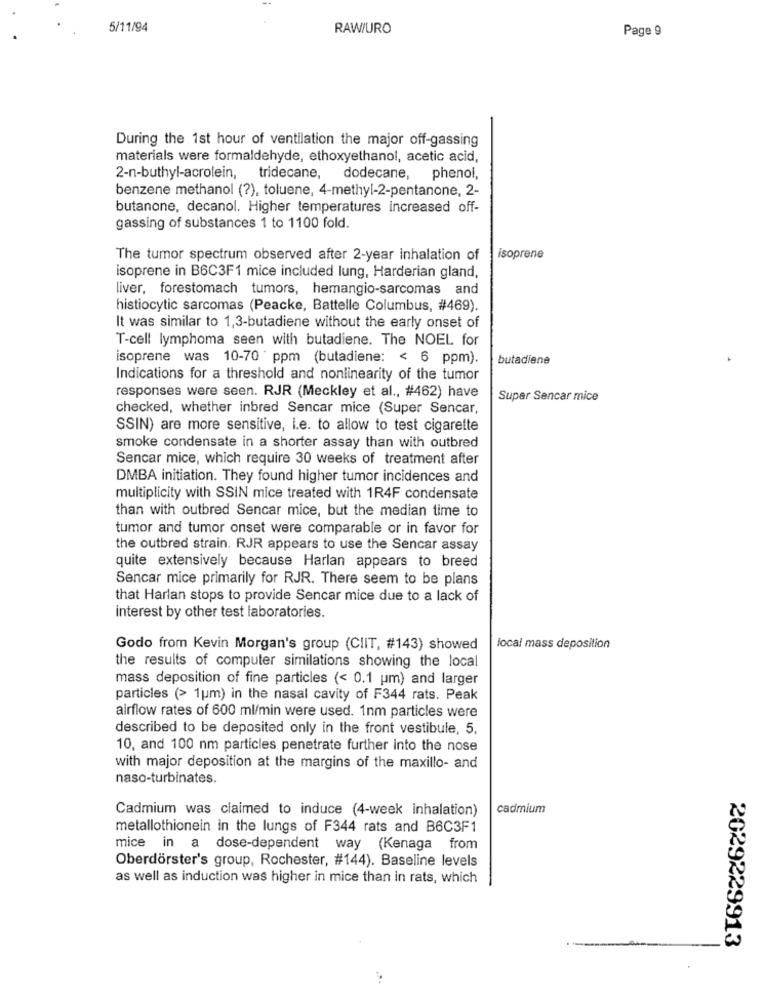
5/11/94
RAW/URO
Page 9
During the 1st hour of ventilation the major off-gassing
materials were formaldehyde, ethoxyethanol, acetic acid,
2-n-buthyl-acrolein, tridecane,
dodecane, phenol,
benzene methanol (?), toluene, 4-methyl-2-pentanone, 2-
butanone, decanol. Higher temperatures increased off-
gassing of substances 1 to 1100 fold.
The tumor spectrum observed after 2-year inhalation of
isoprene
isoprene in B6C3F1 mice included lung, Harderian gland,
liver, forestomach tumors, hemangio-sarcomas and
histiocytic sarcomas (Peacke, Battelle Columbus, #469).
It was similar to 1,3-butadiene without the early onset of
T-cell lymphoma seen with butadiene. The NOEL for
isoprene was 10-70 ppm (butadiene: < 6 ppm).
butadiene
Indications for a threshold and nonlinearity of the tumor
responses were seen. RJR (Meckley et al ., #462) have
Super Sencar mice
checked, whether inbred Sencar mice (Super Sencar,
SSIN) are more sensitive, i.e. to allow to test cigarette
smoke condensate in a shorter assay than with outbred
Sencar mice, which require 30 weeks of treatment after
DMBA initiation. They found higher tumor incidences and
multiplicity with SSIN mice treated with 1R4F condensate
than with outbred Sencar mice, but the median time to
tumor and tumor onset were comparable or in favor for
the outbred strain. RJR appears to use the Sencar assay
quite extensively because Harlan appears to breed
Sencar mice primarily for RJR. There seem to be plans
that Harlan stops to provide Sencar mice due to a lack of
interest by other test laboratories.
Godo from Kevin Morgan's group (CIIT, #143) showed
local mass deposition
the results of computer similations showing the local
mass deposition of fine particles (< 0.1 um) and larger
particles (> 1um) in the nasal cavity of F344 rats. Peak
airflow rates of 600 ml/min were used. 1nm particles were
described to be deposited only in the front vestibule, 5,
10, and 100 nm particles penetrate further into the nose
with major deposition at the margins of the maxillo- and
naso-turbinates.
Cadmium was claimed to induce (4-week inhalation)
cadmium
metallothionein in the lungs of F344 rats and B6C3F1
mice in a dose-dependent way (Kenaga from
Oberdörster's group, Rochester, #144). Baseline levels
as well as induction was higher in mice than in rats, which
2029229913